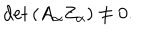
\det \left( A _ { \alpha } Z _ { \alpha } \right) \neq 0 .